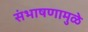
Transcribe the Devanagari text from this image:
संभाषणामुळे